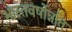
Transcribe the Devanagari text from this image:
भारतवर्षोन्नति